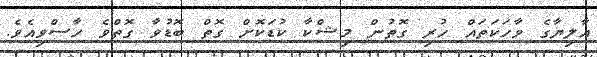
އާލިޔާގެ ވާހަކަތައް ހުރި ގޮތުން މިޝްކާ ކުޑަކޮށް ގޮތް ބޮޑުވާ ގޮތްވެ ހާސްވިއެވެ.